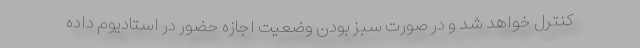
کنترل خواهد شد و در صورت سبز بودن وضعیت اجازه حضور در استادیوم داده